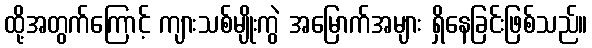
ထို့အတွက်ကြောင့် ကျားသစ်မျိုးကွဲ အမြောက်အများ ရှိနေခြင်းဖြစ်သည်။